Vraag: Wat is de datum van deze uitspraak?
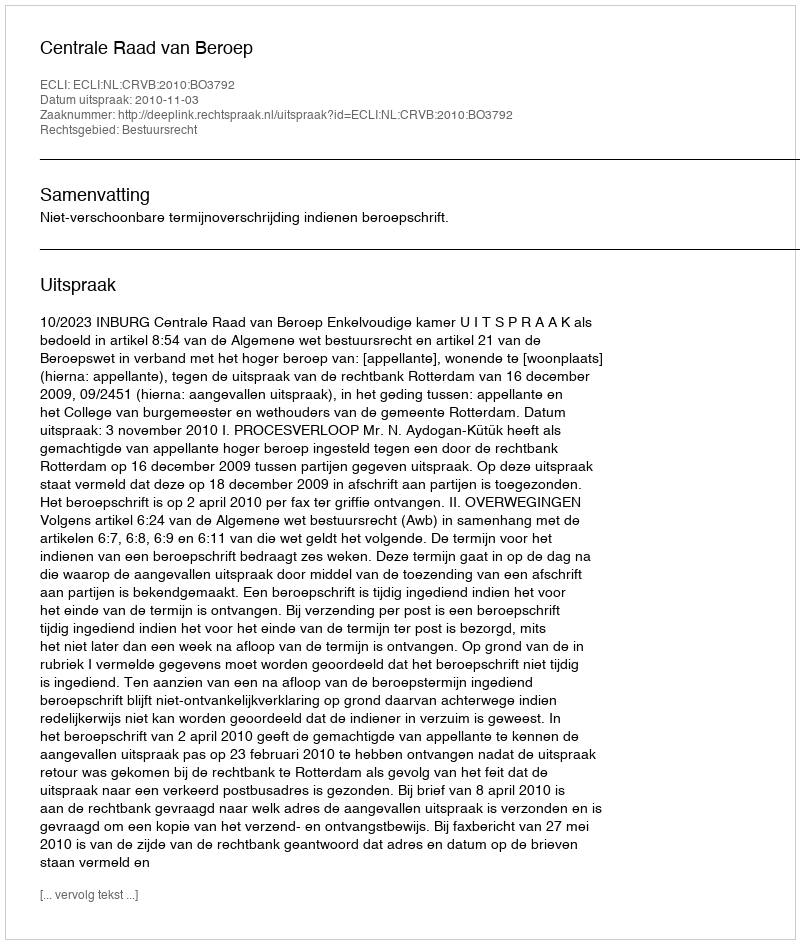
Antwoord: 2010-11-03